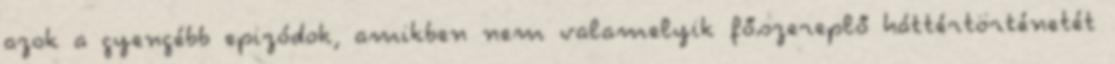
azok a gyengébb epizódok, amikben nem valamelyik főszereplő háttértörténetét